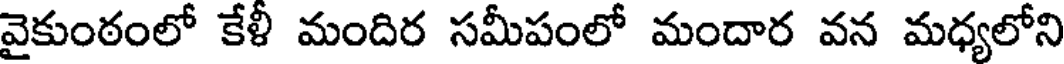
వైకుంఠంలో కేళీ మందిర సమీపంలో మందార వన మధ్యలోని